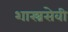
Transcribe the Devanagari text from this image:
शास्त्रसेवी